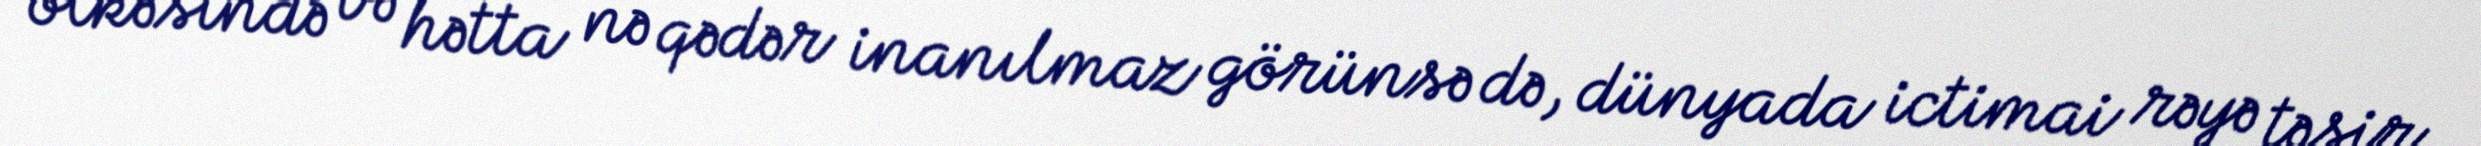
ölkəsində və hətta nə qədər inanılmaz görünsə də, dünyada ictimai rəyə təsir